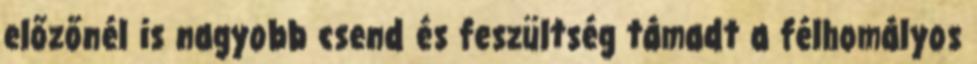
előzőnél is nagyobb csend és feszültség támadt a félhomályos